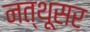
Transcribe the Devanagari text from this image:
नत्थूसर